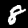
Digit: 8